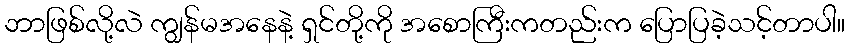
ဘာဖြစ်လို့လဲ ကျွန်မအနေနဲ့ ရှင်တို့ကို အစောကြီးကတည်းက ပြောပြခဲ့သင့်တာပါ။